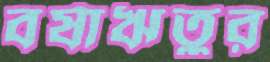
বর্ষাঋতুর